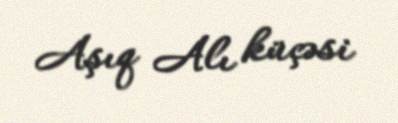
Aşıq Alı küçəsi